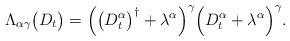
LaTeX: \begin{align*} \Lambda_{\alpha\gamma}\bigl(D_t\bigr) = \Bigl(\bigl(D_t^{\alpha}\bigr)^\dagger + \lambda^{\alpha}\Bigr)^\gamma \Bigl(D_t^{\alpha} + \lambda^{\alpha}\Bigr)^\gamma .\end{align*}